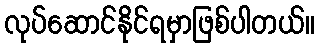
လုပ်ဆောင်နိုင်ရမှာဖြစ်ပါတယ်။